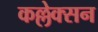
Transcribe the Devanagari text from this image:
कल्लेक्सन